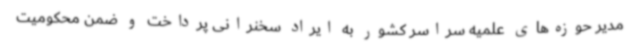
مدیر حوزه‌های علمیه سراسر کشور به ایراد سخنرانی پرداخت و ضمن محکومیت